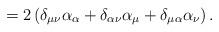
LaTeX: \begin{align*}=2\left( \delta _{\mu \nu }\alpha _\alpha +\delta _{\alpha \nu}\alpha _\mu +\delta _{\mu \alpha }\alpha _\nu \right). \end{align*}